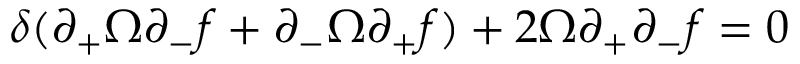
\delta ( \partial _ { + } \Omega \partial _ { - } f + \partial _ { - } \Omega \partial _ { + } f ) + 2 \Omega \partial _ { + } \partial _ { - } f = 0